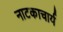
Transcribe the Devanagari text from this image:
नाटकाचार्य